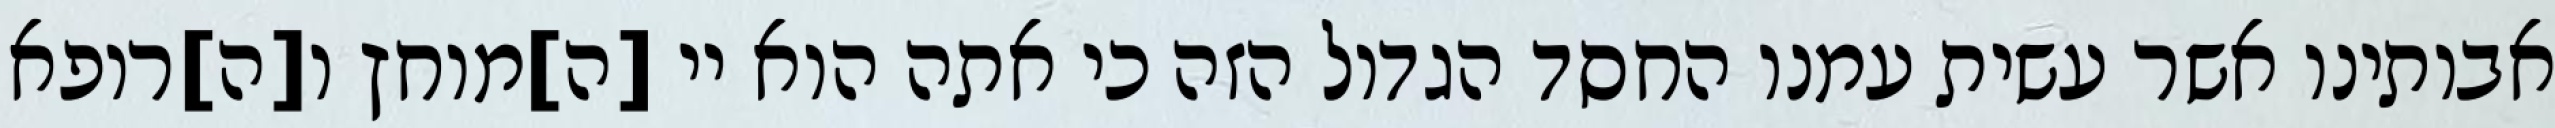
אבותינו אשר עשית עמנו החסד הגדול הזה כי אתה הוא יי [ה]מוחץ ו[ה]רופא